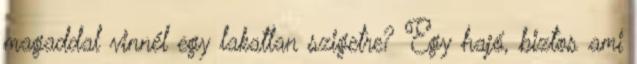
magaddal vinnél egy lakatlan szigetre? Egy hajó, biztos ami